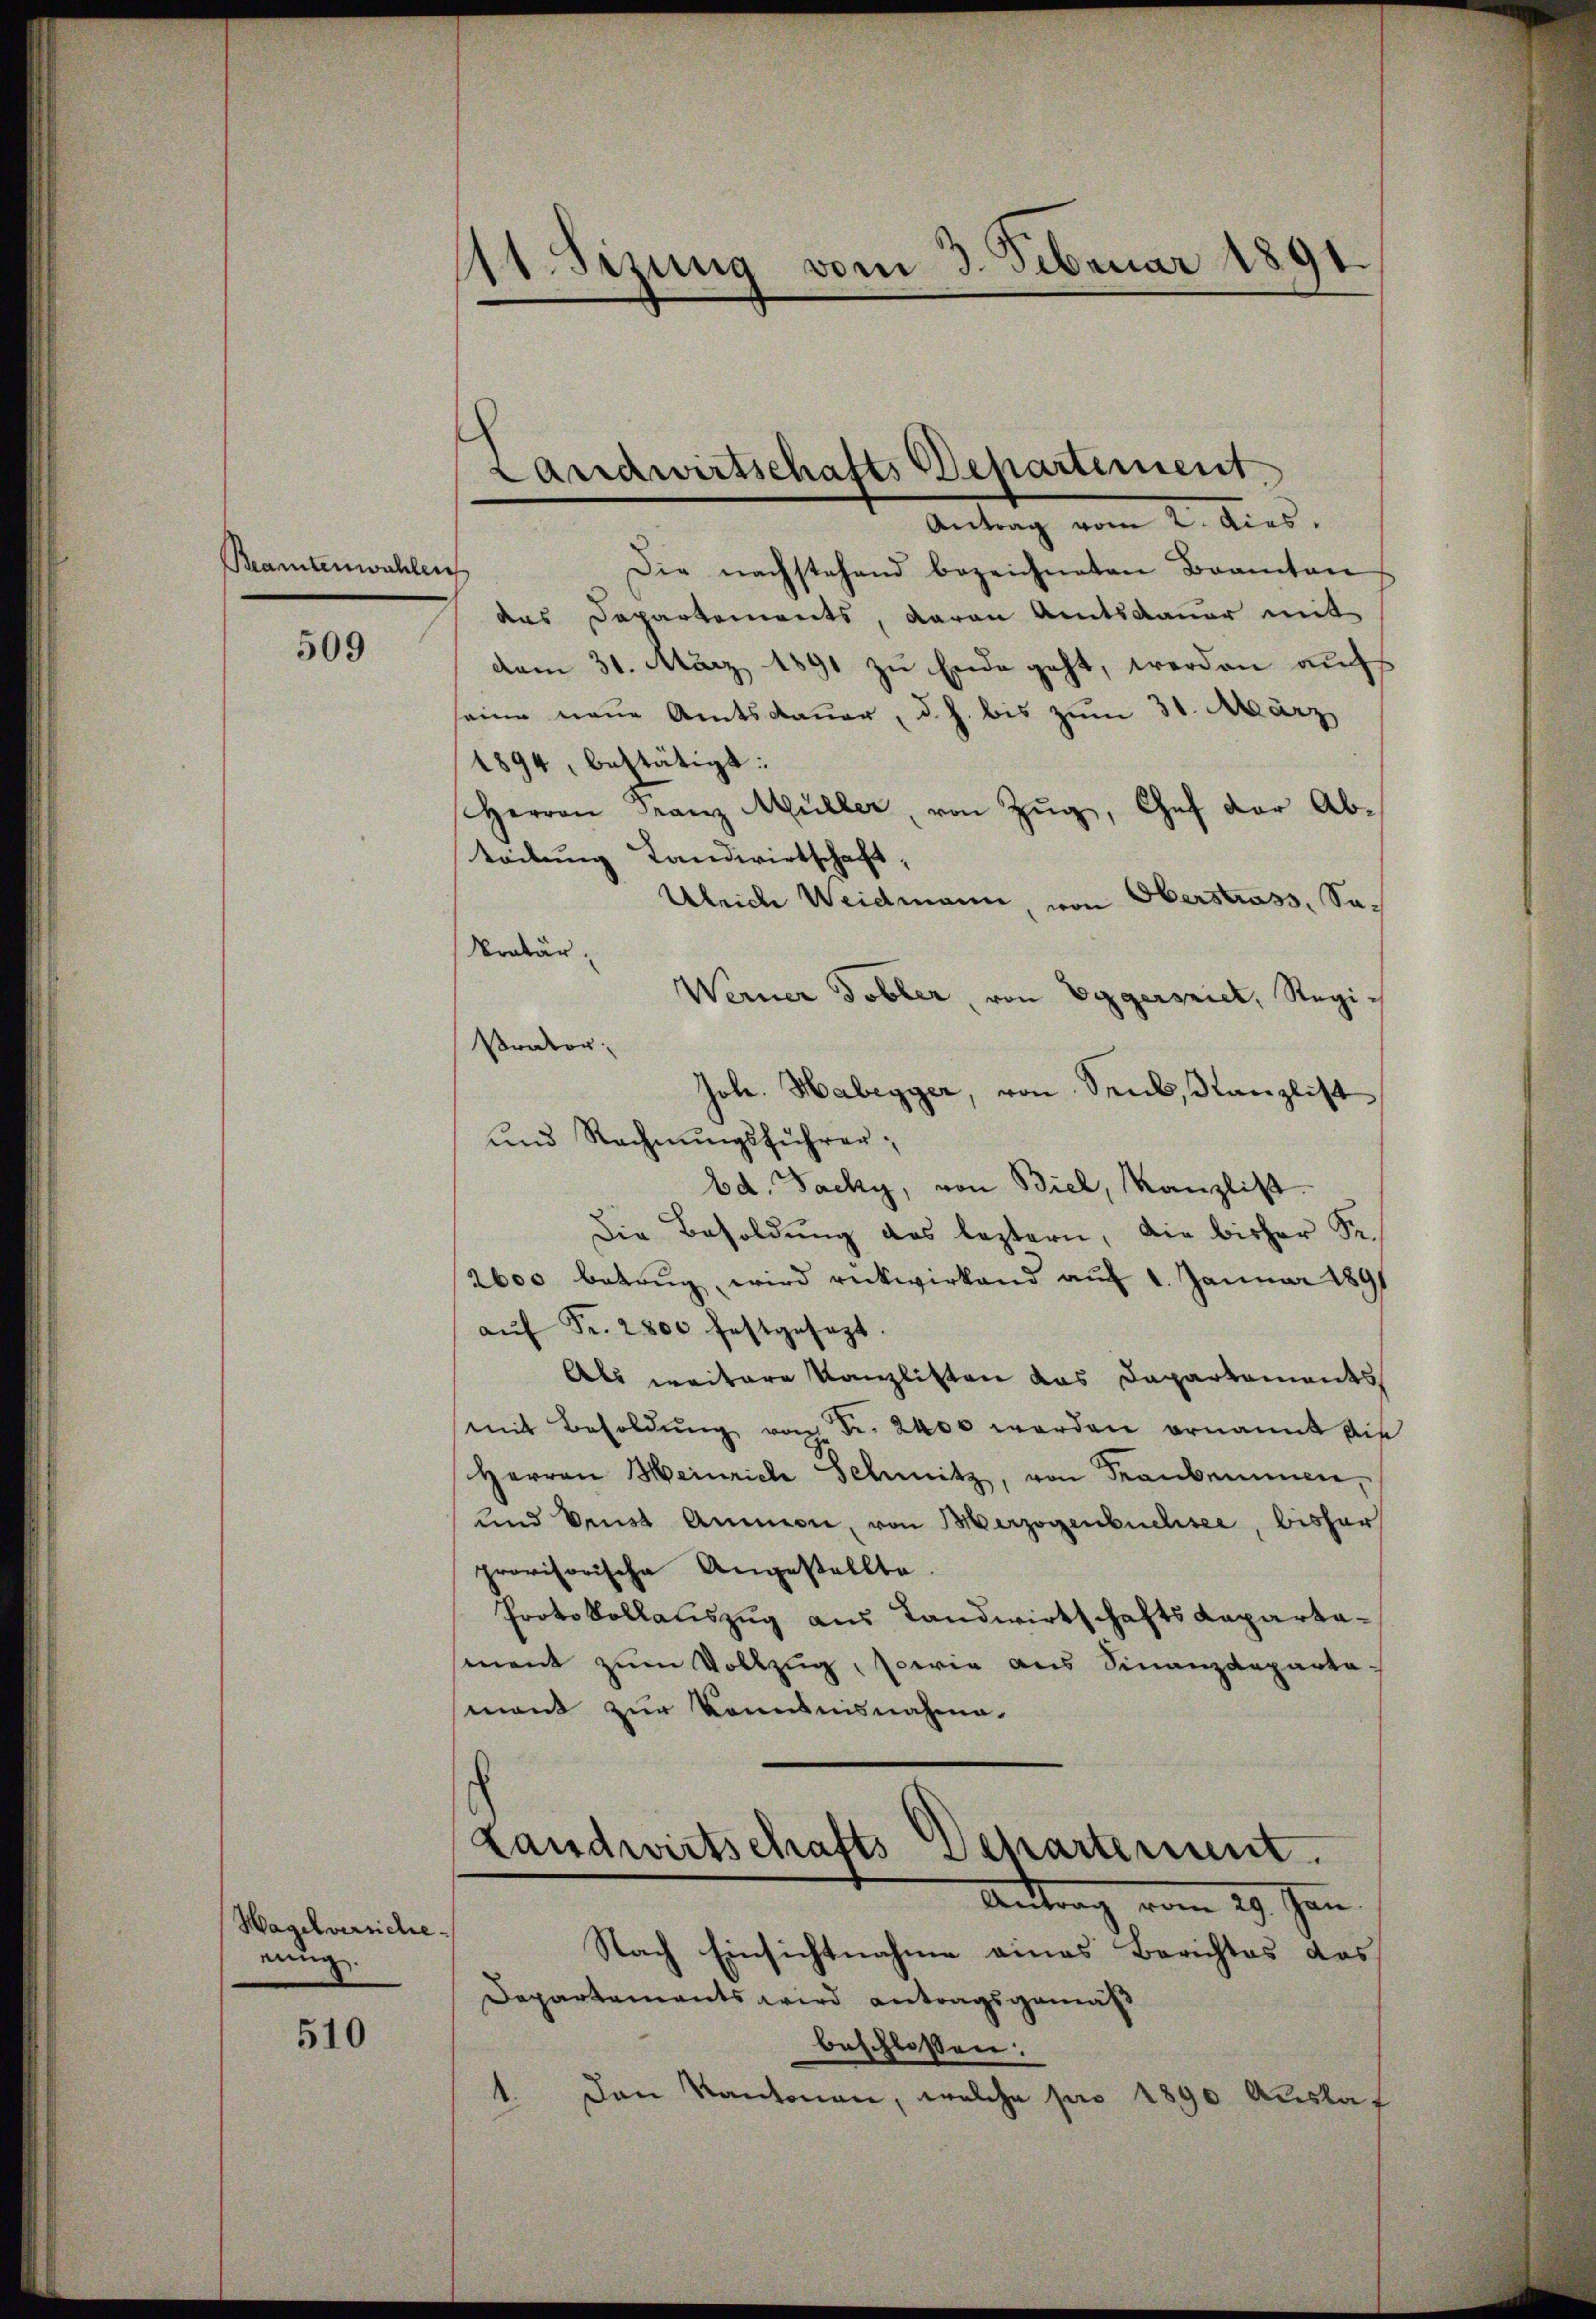
Beamtenwahlen

509

Hagelversiche
eing

510

¬
11. Sizung vom 3. Februar 1891.

Landwirtschafts Departement,
Antrag vom 2. dies

Die nachstehend bezeichneten Beamten
das Departements, darau Amtsdauer mit
dem 31. März 1891 zu Ende geht, werden aufs
seine neue Amtsdauer, d. h. bis zum 31. März
1894, bestätigt:
Herrn Franz Müller, von Zŭg, Chef der Ab-
teilung Landwirtschaft.
Ulriche Weidmann, von Oberstrass, Sa¬
Kratär
Werner Tobler, von Eggersniel, Regi¬
Prator,
Joh. Habegger, von Sens, Kanzlist
und Rechnungsführer,
bd. Facky, von Biel, Kanzlist.
Die Besoldung des leztern, die bisher Sr.
2600 betrug, wird rückwirkend auf 1. Januar 1891
aŭf Fr. 2800 festgesezt.
Als weitere Kanzlisten das Dapartaments
mit Besoldŭng von Fr. 2400 werden ernannt die
Herren Heinrich Schmitz, von Frankennen,
und denst Ammon, von Merzogenbuchsee, bisher
provisorische Angestellte.
Protokollauszug aus Landwirtschafts-Kapartasment zum Vollzug, sowie aus Finanzdeparta-
mant zur Kenntnisnahme.

Landwirtschafts Departement.
Autter          19. Jan
Nach Einsichtnahme eines Berichtes das

Departements wird antragsgemäß
beschlossen:
1. Den Kantonen, welche pro 1890 Auslaf